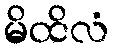
မိထိလံ